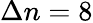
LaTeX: \Delta n=8